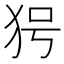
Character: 𤝐